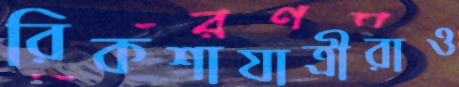
রিকশাযাত্রীরাও